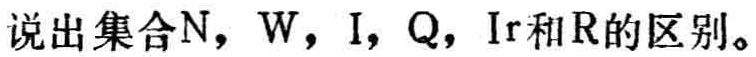
说出集合\(N\)，\(W\)，\(I\)，\(Q\)，\(Ir\)和\(R\)的区别。